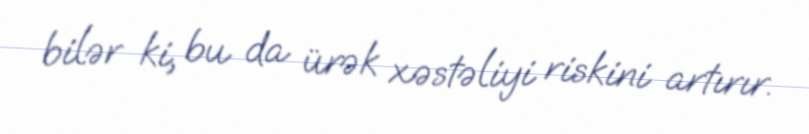
bilər ki, bu da ürək xəstəliyi riskini artırır.